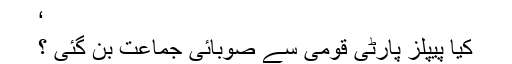
‘
کیا پیپلز پارٹی قومی سے صوبائی جماعت بن گئی ؟